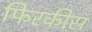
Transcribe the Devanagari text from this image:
फिरकीस